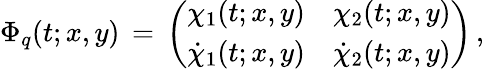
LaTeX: \Phi_{q}(t;x,y)\, =\, \left(\begin{array}{cc}{{\chi_{1}(t;x,y)}}&{{\chi_{2}(t;x,y)}}\\ {{{\dot{\chi}_{1}(t;x,y)}}}&{{{\dot{\chi}_{2}(t;x,y)}}}\end{array}\right)\, ,